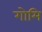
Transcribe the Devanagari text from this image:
गोमि